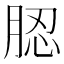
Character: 䏰